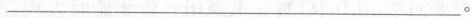
___。